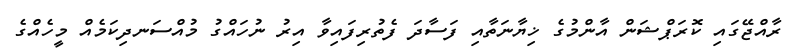
ރާއްޖޭގައި ކޮރަޕްޝަން އާންމުގެ ޚިޔާނަތާއި ފަސާދަ ފެތުރިފައިވާ އިރު ނުހައްގު މުއްސަނދިކަމެއް މީހެއްގެ